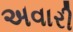
અવારી